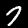
Label: 7